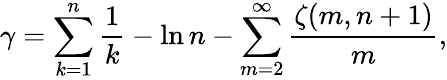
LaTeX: \gamma=\sum_{k=1}^{n}{\frac{1}{k}}-\ln n-\sum_{m=2}^{\infty}{\frac{\zeta(m,n+1)}{m}},